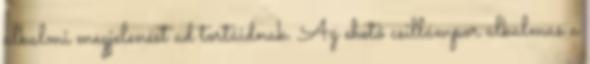
alkalmi megjelenést ad tortáidnak. Az ehető csillámpor alkalmas a